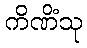
ကိဏိံသု